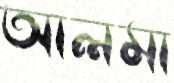
আলমা